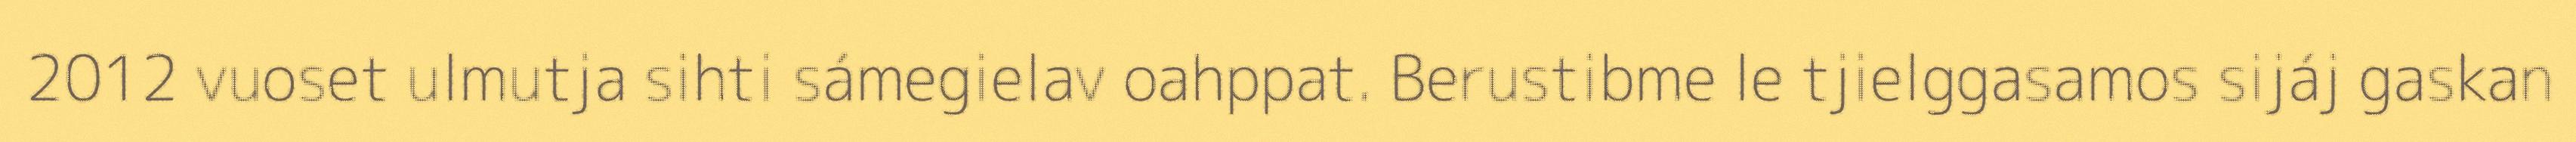
2012 vuoset ulmutja sihti sámegielav oahppat. Berustibme le tjielggasamos sijáj gaskan